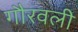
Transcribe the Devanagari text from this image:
गौरवली